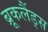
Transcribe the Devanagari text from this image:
ब्रूकलैंड्स